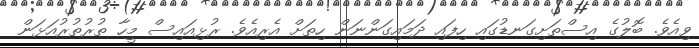
ވިއެވެ. ބޮލުގެ އިސްތަށިގަނޑުގައި ހިފައި ދަމައިގަންނަން ހިތަށް އެރިއެވެ. ރުޅިއައިސް މީހާ ތުރުތުރުއަޅަން